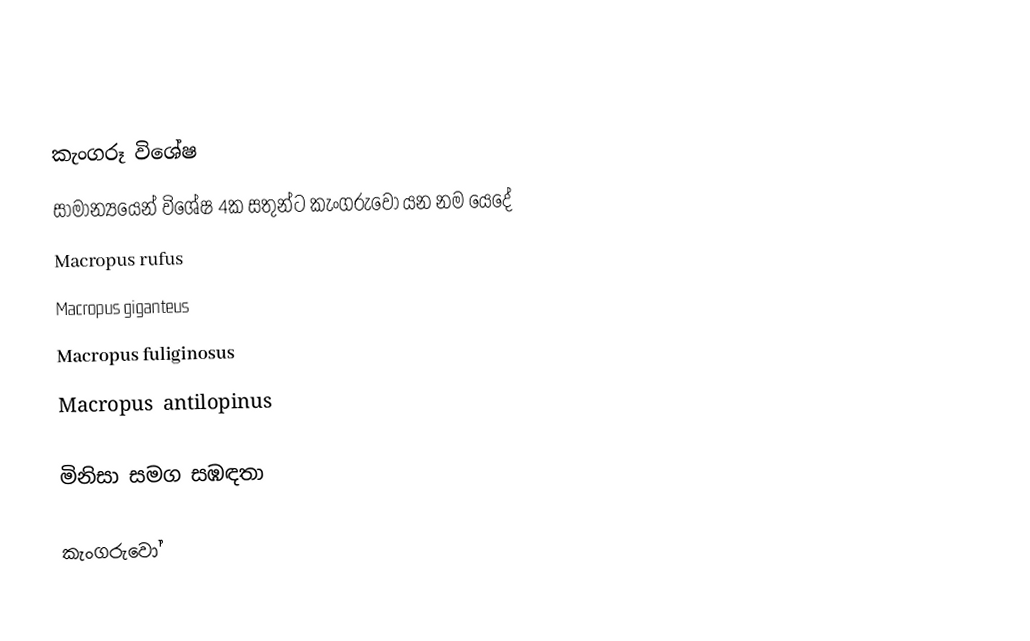

කැංගරූ විශේෂ
සාමාන්‍යයෙන් විශේෂ 4ක සතුන්ට කැංගරුවෝ යන නම යෙදේ
 Macropus rufus
 Macropus giganteus
 Macropus fuliginosus
 Macropus antilopinus

මිනිසා සමග සඹඳතා

කැංගරුවෝ